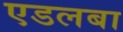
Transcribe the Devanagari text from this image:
एडलबा